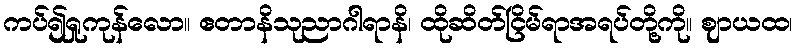
ကပ်၍ရှုကုန်လော။ ဧတာနိသုညာဂါရာနိ၊ ထိုဆိတ်ငြိမ်ရာအရပ်တို့ကို။ ဈာယထ၊